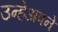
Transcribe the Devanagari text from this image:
उन्हेअपने